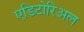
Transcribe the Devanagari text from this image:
एडिटोरिअल